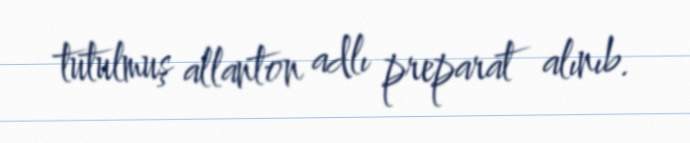
tutulmuş allanton adlı preparat alınıb.